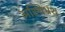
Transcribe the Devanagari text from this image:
अस्थिभ्रंश